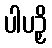
ပါပဉှိ